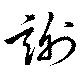
謝